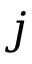
j